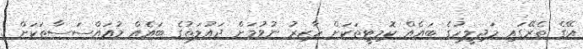
އޭގެ ތެރޭގައި މަޖިލީހުގެ ބައެއް ކޮމިޓީތަކަށް ހާޒިރު ނުވުމަށް ދައުލަތުގެ ބައެއް މުއައްސަސާތަކަށް